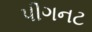
પીગનટ